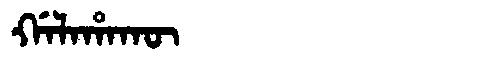
Manchu: ᡤᠠᠯᠠᡥᠠᡴᡡ
Romanization: GALAHAKŪ